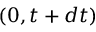
( 0 , t + d t )